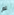
لم